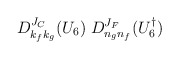
\begin{align*}D^{J_C}_{k_fk_g}(U_6)\;D^{J_F}_{n_gn_f}(U_6^\dagger)\end{align*}